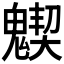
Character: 𩴅